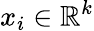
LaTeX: x_{i}\in\mathbb{R}^{k}